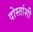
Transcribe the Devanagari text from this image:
दोस्तांशी